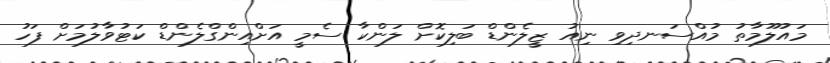
މައުލޫމާތު މުއްސަނދިވި ނިއު ޒީލެންޑް ބަލިކޮށް ލަންކާ ސެމީ އަށްއިންގްލެންޑް ކަޓުވާލުމަށް ފަހު